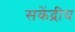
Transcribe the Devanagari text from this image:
सकेंद्रीय